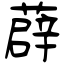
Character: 薜